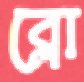
ব্লো